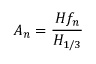
A _ { n } = \frac { H f _ { n } } { H _ { 1 / 3 } }